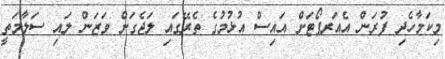
މިކަމާހެދި ފުރަން އެއަރޕޯޓަށް އައިސް އުޅުމުގެ ތެރޭގައި ލަޖެގަށް ވަޒަން ލައި ސަލާމަތީ